Lunatic asylums Punjab 1881-1894 - 1881-1894
Year: 1881
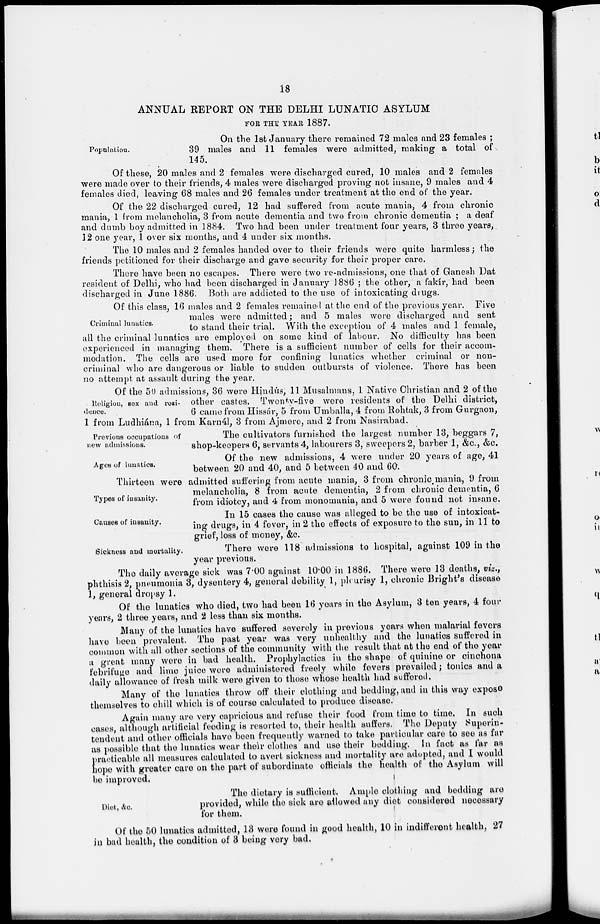
18
ANNUAL REPORT ON THE DELHI LUNATIC ASYLUM
FOR THE YEAR 1887.
Population.
On the 1st January there remained 72 males and 23 females ;
39 males and 11 females were admitted, making a total of
145.
Of these, 20 males and 2 females were discharged cured, 10 males and 2 females
were made over to their friends, 4 males were discharged proving not insane, 9 males and 4
females died, leaving 68 males and 26 females under treatment at the end of the year.
Of the 22 discharged cured, 12 had suffered from acute mania, 4 from chronic
mania, 1 from melancholia, 3 from acute dementia and two from chronic dementia ; a deaf
and dumb boy admitted in 1884. Two had been under treatment four years, 3 three years,
12 one year, 1 over six months, and 4 under six months.
The 10 males and 2 females handed over to their friends were quite harmless; the
friends petitioned for their discharge and gave security for their proper care.
There have been no escapes. There were two re-admissions, one that of Ganesh Dat
resident of Delhi, who had been discharged in January 1886 ; the other, a fakir, had been
discharged in June 1886. Both are addicted to the use of intoxicating drugs.
Criminal lunatics.
Of this class, 16 males and 2 females remained at the end of the previous year. Five
males were admitted ; and 5 males were discharged and sent
to stand their trial. With the exception of 4 males and 1 female,
all the criminal lunatics are employed on some kind of labour. No difficulty has been
experienced in managing them. There is a sufficient number of cells for their accom-
modation. The cells are used more for confining lunatics whether criminal or non-
criminal who are dangerous or liable to sudden outbursts of violence. There has been
no attempt at assault during the year.
Religion, sex and resi-
-ence.
Of the 50 admissions, 36 were Hindus, 11 Musalmans, 1 Native Christian and 2 of the
other castes. Twenty-five were residents of the Delhi district,
6 came from Hissár, 5 from Umballa, 4 from Rohtak, 3 from Gurgaon,
1 from Ludhiána, 1 from Karnál, 3 from Ajmere, and 2 from Nasirabad.
Previous occupations of
new admissions.
The cultivators furnished the largest number 13, beggars 7,
shop-keepers 6, servants 4, labourers 3, sweepers 2, barber 1, &c., &c.
Ages of lunatics.
Of the new admissions, 4 were under 20 years of age, 41
between 20 and 40, and 5 between 40 and 60.
Types of insanity.
Thirteen were admitted suffering from acute mania., 3 from chronic mania, 9 from
melancholia, 8 from acute dementia, 2 from chronic dementia, 6
from idiotcy, and 4 from monomania, and 5 were found not insane.
Causes of insanity.
In 15 cases the cause was alleged to be the use of intoxicat-
ing drugs, in 4 fever, in 2 the effects of exposure to the sun, in 11 to
grief, loss of money, &c.
Sickness and mortality.
There were 118 admissions to hospital, against 109 in the
year previous.
The daily average sick was 7.00 against 10.00 in 1886. There were 13 deaths, viz.,
phthisis 2, pneumonia 3, dysentery 4, general debility 1, pleurisy 1, chronic Bright's disease
1, general dropsy 1.
Of the lunatics who died, two had been 16 years in the Asylum, 3 ten years, 4 four
years, 2 three years, and 2 less than six months.
Many of the lunatics have suffered severely in previous years when malarial fevers
have been prevalent. The past year was very unhealthy and the lunatics suffered in
common with all other sections of the community with the result that at the end of the year
a great many were in bad health. Prophylactics in the shape of quinine or cinchona
febrifuge and lime juice were administered freely while fevers prevailed ; tonics and a
daily allowance of fresh milk were given to those whese health had suffered.
Many of the lunatics throw off their clothing and bedding, and in this way expose
themselves to chill which is of course calculated to produce disease.
Again many are very capricious and refuse their food from time to time. In such
cases, although artificial feeding is resorted to, their health suffers. The Deputy Superin-
tendent and other officials have been frequently warned to take particular care to see as far
as possible that the lunatics wear their clothes and use their bedding. In fact as far as
practicable all measures calculated to avert sickness and mortality are adopted, and I would
hope with greater care on the part of subordinate officials the health of the Asylum will
be improved.
Diet, &c.
The dietary is sufficient. Ample clothing and bedding are
provided, while the sick are allowed any diet considered necessary
for them.
Of the 50 lunatics admitted, 13 were found in good health, 10 in indifferent health, 27
in bad health, the condition of 3 being very bad.